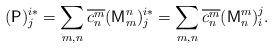
LaTeX: \begin{align*}(\mathsf{P})_{j}^{i*}=\sum_{m,n}\overline{c_{n}^{m}}(\mathsf{M}_{m}^{n})_{j}^{i*}=\sum_{m,n}\overline{c_{n}^{m}}(\mathsf{M}_{n}^{m})_{i}^{j}.\end{align*}